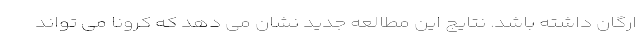
ارگان داشته باشد. نتایج این مطالعه جدید نشان می دهد که کرونا می تواند